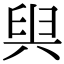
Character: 𠔜